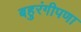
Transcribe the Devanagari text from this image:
बहुरंगीपणा